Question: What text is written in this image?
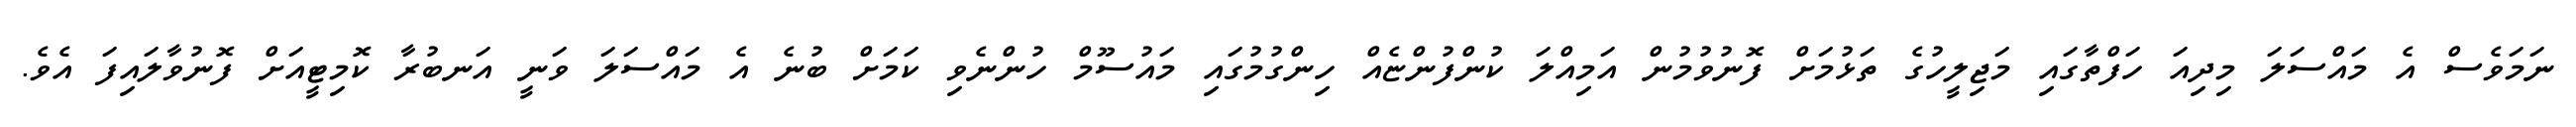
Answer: ނަމަވެސް އެ މައްސަލަ މިދިއަ ހަފްތާގައި މަޖިލީހުގެ ތަޅުމަށް ފޮނުވުމުން އަމިއްލަ ކުންފުންޏެއް ހިންގުމުގައި މައުސޫމް ހުންނެވި ކަމަށް ބުނެ އެ މައްސަލަ ވަނީ އަނބުރާ ކޮމިޓީއަށް ފޮނުވާލައިފަ އެވެ.